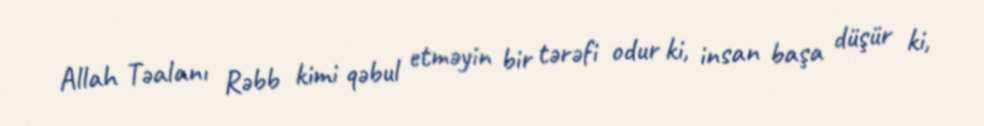
Allah Təalanı Rəbb kimi qəbul etməyin bir tərəfi odur ki, insan başa düşür ki,